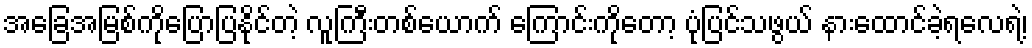
အခြေအမြစ်ကိုပြောပြနိုင်တဲ့ လူကြီးတစ်ယောက် ကြောင်းကိုတော့ ပုံပြင်သဖွယ် နားထောင်ခဲ့ရလေရဲ့၊